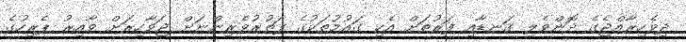
ދިވެހިރާއްޖެގެ ދޮންވެލި ގަނޑާއި ފަރުތަށް އެކި ގައުމުތަކުގެ ފަތުރުވެރިންނަށް ޖަވާހިރަށް ވާއިރު ޕެރިހުގެ